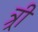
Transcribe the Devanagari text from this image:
त्र्री